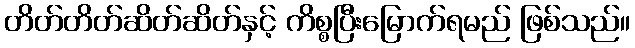
တိတ်တိတ်ဆိတ်ဆိတ်နှင့် ကိစ္စပြီးမြောက်ရမည် ဖြစ်သည်။